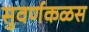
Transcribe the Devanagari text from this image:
सुवर्णकळस